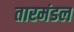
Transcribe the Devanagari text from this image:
तारमंडल